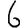
Digit: 6